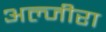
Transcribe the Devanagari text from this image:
अल्जीरा